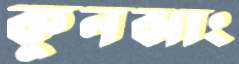
কুনঝাং